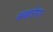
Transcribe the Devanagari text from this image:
बव्हारिया